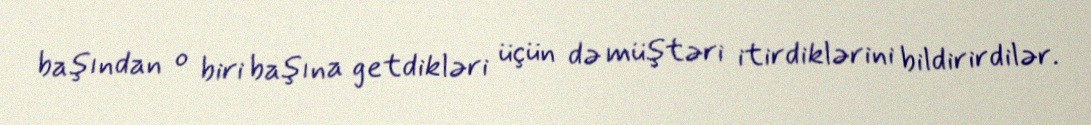
başından o biri başına getdikləri üçün də müştəri itirdiklərini bildirirdilər.